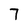
Character: 7